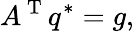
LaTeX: A^{\mathrm{~T~}}q^{*}=g,